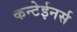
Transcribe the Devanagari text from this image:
कन्टेईनर्स